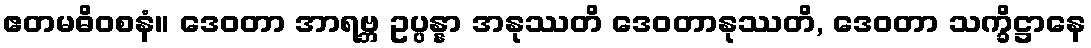
ဧတမဓိဝစနံ။ ဒေဝတာ အာရဗ္ဘ ဥပ္ပန္နာ အနုဿတိ ဒေဝတာနုဿတိ, ဒေဝတာ သက္ခိဋ္ဌာနေ